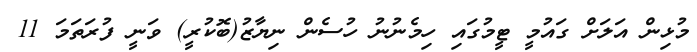
މުޅިން އަލަށް ގައުމީ ޓީމުގައި ހިމެނުނު ހުސެން ނިޔާޒު(ބޮކުރީ) ވަނީ ފުރަތަމަ 11